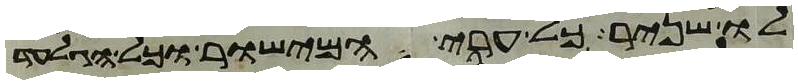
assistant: לו שניר כל ערי המישור וכל הגלעד